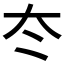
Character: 冭